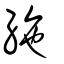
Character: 絁